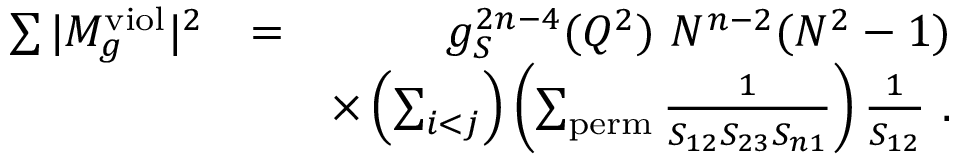
\begin{array} { r l r } { \sum \vert M _ { g } ^ { \mathrm { v i o l } } \vert ^ { 2 } } & { = } & { g _ { S } ^ { 2 n - 4 } ( Q ^ { 2 } ) ~ N ^ { n - 2 } ( N ^ { 2 } - 1 ) } \\ & { } & { \times \left( \sum _ { i < j } \right) \left( \sum _ { \mathrm { p e r m } } \frac { 1 } { S _ { 1 2 } S _ { 2 3 } S _ { n 1 } } \right) \frac { 1 } { S _ { 1 2 } } ~ . } \end{array}